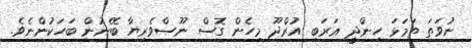
ނުވަތަ ތަމަޅަ ހިންދީ ޢަރަބި އުރްދޫ މިހެން ގޮސް ނޫސްވެރިޔާ ބޭނުން ބަހަކުންނެވެ.